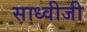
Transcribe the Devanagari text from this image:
साध्वीजी